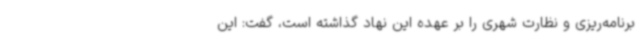
برنامه‌ریزی و نظارت شهری را بر عهده این نهاد گذاشته است، گفت: این